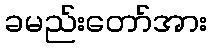
ခမည်းတော်အား